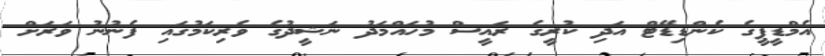
އެމްޑީޕީގެ ކެންޑިޑޭޓް އަދި ކުރީގެ ރައީސް މުހައްމަދު ނަޝީދުގެ ވެރިކަމުގައި ފެނުނު ވަރަށް